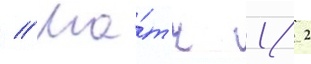
// Ма́тч 1/ 2